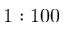
1 : 1 0 0